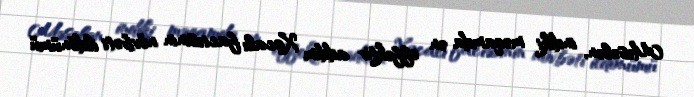
Məsələn, indiki məqamda ən effektiv addım Xocalı faciəsinin növbəti ildönümü